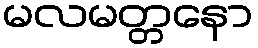
မလမတ္တနော